Report on sanitation, dispensaries, and jails in Rajputana for 1919, and on vaccination for the year 1919-1920 - 1919-1920
Year: 1919
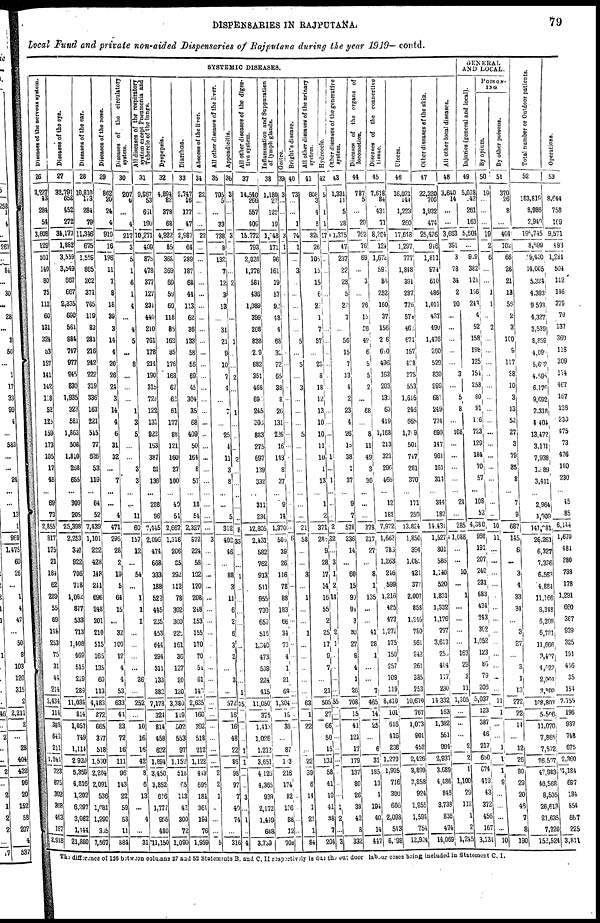
DISPENSARIES IN RAJPUTANA.
79
Local Fund and private non-aided Dispensaries of Rajputana during the year 1919— contd.
SYSTEMIC DISEASES.
Diseases of the nervous system.
26
3,227
43
284
54
3,608
129
501
140
80
75
112
60
131
324
53
157
141
142
118
52
125
159
173
105
17
48
...
69
73
2,855
817
175
21
184
62
289
55
69
115
253
75
31
44
214
2,434
114
388
642
211
1,241
723
875
302
368
463
187
2,918
Diseases of the eye.
27
32,791
658
452
272
34,173
1,882
3,559
3,549
667
667
2,335
690
561
884
747
977
945
830
1,935
323
581
1,863
508
1,810
268
655
...
309
205
25,398
2,253
340
922
706
718
1,062
877
533
713
1,408
469
515
229
289
11,034
814
1,057
749
1,114
2,920
5,369
4,816
1,202
6,297
3,062
1,144
21,880
Diseases of the ear.
28
10,810
173
284
79
11,346
675
1,559
805
202
371
765
119
82
281
216
242
222
319
336
163
221
545
77
626
53
119
...
64
52
7,439
1,101
222
428
148
241
696
248
201
210
515
165
135
60
113
4,483
272
665
317
518
1,530
2,204
2,091
536
1,081
1,290
365
7,567
Diseases of the nose.
29
862
20
24
4
910
16
196
11
7
8
18
39
3
14
4
20
26
24
3
14
4
6
31
32
...
7
...
...
4
471
295
28
2
19
5
64
15
...
32
100
12
4
4
53
633
44
23
72
16
111
96
143
22
59
53
11
884
Diseases of the circulatory
system.
30
207
6
...
4
217
3
5
1
6
1
4
...
4
5
...
8
...
...
...
1
3
5
...
...
3
3
...
...
11
60
157
12
...
54
...
1
1
1
...
...
...
...
26
...
252
...
10
16
16
42
8
6
13
...
4
...
31
All diseases of the respiratory
system except Pneumonia and
Tubercle of the lungs.
31
9,967
53
661
190
10,271
409
875
478
377
127
231
440
210
761
178
214
190
315
723
122
131
922
163
387
81
136
...
288
96
7,445
2,096
474
668
333
188
522
445
235
453
644
294
311
133
382
7,178
321
814
458
622
1,894
3,450
3,852
636
1,777
955
480
11,150
Dyspepsia.
32
4,894
82
378
68
4,922
85
368
369
60
59
60
118
85
162
85
176
168
67
62
61
177
88
121
160
27
100
...
49
51
2,667
1,316
206
65
292
112
78
302
300
225
161
36
127
20
120
3,380
119
502
553
97
1,152
518
45
113
42
300
72
1,090
Diarrhœa.
33
2,747
16
177
47
2,987
64
289
187
68
44
113
62
36
133
58
56
69
45
304
35
68
409
50
164
8
57
...
18
54
2,327
872
224
58
102
120
208
248
153
155
170
70
54
61
140
2,635
160
392
518
212
1,122
449
695
181
361
194
76
1,959
Abscess of the liver.
34
22
...
...
...
22
...
...
...
...
...
...
...
...
...
...
...
...
...
...
...
...
...
...
...
...
...
...
...
...
...
3
...
...
...
...
...
...
...
...
...
...
...
...
...
...
...
...
...
...
...
2
2
1
...
...
...
5
All other diseases of the liver.
35
705
5
...
33
738
8
132
7
12
3
13
...
31
21
9
10
7
4
...
7
...
25
4
11
3
8
...
...
5
312
402
46
...
88
3
11
6
2
6
3
2
...
3
...
572
16
16
48
22
86
98
97
7
40
74
...
316
Appendicitis.
36
3
...
...
...
3
...
...
...
2
...
...
...
...
1
...
...
2
...
...
1
...
...
...
2
...
...
...
...
...
8
33
...
...
1
...
...
...
...
...
...
...
...
...
1
35
...
...
...
1
1
...
...
3
...
1
...
4
All other diseases of the diges-
tive system.
37
14,540
266
557
409
15,772
793
2,026
1,376
581
436
1,089
399
208
838
2.9
682
351
468
69
245
300
883
275
697
139
332
...
311
234
12,805
2,431
582
762
913
511
955
730
659
516
1,340
473
539
224
415
11,050
375
1,413
1,026
1,212
3,651
4 126
4,365
939
2,172
1,449
688
3,739
Inflammation and Suppuration
of lymph glands.
38
1,180
27
122
19
l,348
171
96
161
19
57
92
48
4
68
32
72
65
38
8
26
131
226
16
143
8
37
...
9
14
1,370
506
39
26
116
78
88
183
66
34
73
4
1
21
69
1,304
18
36
...
87
103
216
174
82
136
88
12
708
Goitre.
39
3
...
...
...
3
1
...
...
...
...
...
...
...
...
...
...
...
...
...
...
...
...
...
...
...
...
...
...
...
...
6
...
...
...
...
...
...
...
...
...
...
...
...
...
...
...
...
...
...
...
...
...
...
...
...
...
...
Bright's disease.
40
73
...
...
1
74
1
...
3
...
...
...
...
...
5
...
5
...
3
...
...
...
5
...
...
...
...
...
...
...
21
58
...
...
3
...
1
...
...
1
...
...
...
...
...
63
1
22
...
...
22
39
6
14
1
23
1
84
All other diseases of the urinary
system.
41
808
3
4
5
820
26
106
15
15
6
23
1
7
57
...
23
8
18
12
13
10
10
11
10
1
13
...
1
2
371
288
9
28
17
14
16
55
2
25
17
9
7
...
21
505
27
66
50
15
131
58
41
19
41
38
7
204
Hydrocele.
42
5
...
1
1
17
...
...
...
...
...
...
...
...
...
...
...
...
...
...
...
...
...
...
1
...
1
...
...
...
2
32
...
3
1
2
14
...
...
2
1
...
...
...
...
55
...
...
...
...
...
...
...
...
1
2
...
3
Other diseases of the generative
system.
43
1,331
11
5
28
1,375
47
237
22
28
5
28
7
...
56
15
7
13
4
2
23
4
26
15
38
1
37
...
9
7
578
336
14
...
60
15
90
94
3
30
27
8
4
1
26
708
15
41
121
17
179
137
80
26
39
42
8
332
Diseases of the organs of
locomotion.
44
787
5
...
20
762
76
69
...
3
...
26
15
36
42
6
5
5
2
...
68
...
8
11
49
3
30
... ...
...
378
217
27
...
8
4
135
...
...
41
28
1
...
...
7
465
14
25
...
6
31
185
13
1
194
40
14
447
Diseases of the connective
tissue.
45
7,618
84
431
71
8,204
124
1,672
59
86
252
160
37
156
206
600
496
163
203
130
63
419
1,168
213
321
296
466
...
12
182
7,972
1,663
786
1,263
246
599
1,216
485
473
1,272
175
150
257
109
119
8,810
101
616
416
238
1,270
1,935
716
300
606
2,093
543
6,198
Ulcers.
46
16,021
144
1,223
260
17,648
1,297
777
1,848
391
287
776
574
462
671
157
438
275
553
1,616
246
665
1,70 9
501
747
281
370
...
171
259
13,824
1,850
394
1,089
421
377
2,007
858
1,246
780
561
242
261
385
253
10,670
767
1,073
901
462
2,426
3,899
3,858
924
1,955
1,594
754
12,924
Other diseases of the skin.
47
22,320
700
1,932
474
25,426
946
1,811
974
610
486
1,011
437
490
1,476
260
529
830
999
687
249
774
699
147
961
161
314
... 344
182
14,431
1,527
801
586
1,140
520
1,831
1,332
1,176
797
3,613
250
404
117
230
14,332
163
1,382
561
994
2,937
3,689
4,486
846
3,738
836
474
14,069
All other local diseases.
48
3,640
14
...
...
3,663
391
3
78
34
2
20
...
...
...
...
...
3
...
5
8
...
108
...
...
...
...
... 24
...
285
1,088
...
...
10
...
1
...
...
...
...
163
29
3
11
1,305
...
...
...
2
2
1
1,100
29
112
1
2
1,245
GENERAL
AND LOCAL.
Injuries (general and local).
49
5,038
42
261
163
5,604
...
919
382
121
156
243
4
52
158
198
125
154
258
80
91
116
723
129
184
70
57
... 108
52
4,380
966
191
207
240
231
683
434
243
302
1,052
123
86
79
206
5,037
123
387
46
217
660
674
419
43
372
456
167
3,131
POISON¬
ING
By opium.
50
19
...
...
...
19
2
6
...
...
1
1
...
2
...
...
...
...
...
...
...
...
...
...
...
...
...
...
...
...
10
11
...
...
...
...
...
...
...
...
...
...
...
...
...
11
1
...
...
1
1
1
9
...
...
...
...
10
By other poisons.
51
370
26
8
...
404
102
66
26
21
13
55
2
3
100
9
117
28
10
3
13
52
27
3
79
35
8
... 7
9
687
145
6
...
3
4
33
34
...
3
27
...
3
1
13
272
22
14
...
12
26
80
29
20
46
7
8
190
Total number or Outdoor patients.
52
183,819
8,986
2,940
195,745
8,699
19,460
14,005
5,324
4,393
9,593
4,327
3,539
8,859
4,090
5,602
4,595
6,176
9,692
2,318
4,404
13,472
3,131
7,938
1,589
3,411
...
2,964
1,909
141,081
26,261
6,327
7,336
6,563
4,884
11,166
8,348
6,209
6,731
11,666
3,407
4,622
2,004
3,309
108,803
5,506
11,070
7,865
7,572
26,507
47,983
40,568
8,506
26,613
21,635
7,220
152,524
Operations.
53
8,644
758
109
9,571
493
1,291
504
112
146
379
70
137
360
118
309
174
467
167
126
230
475
73
476
180
230
... 45
85
6,144
1,670
481
280
738
178
1,291
660
367
939
325
191
446
35
154
7,755
196
937
748
675
2,360
1,184
697
184
854
667
225
3,811
The difference of 126 between columns 27 and 53 Statements B. and C. II respectively is due the out door labour cases being included in statement C. I.